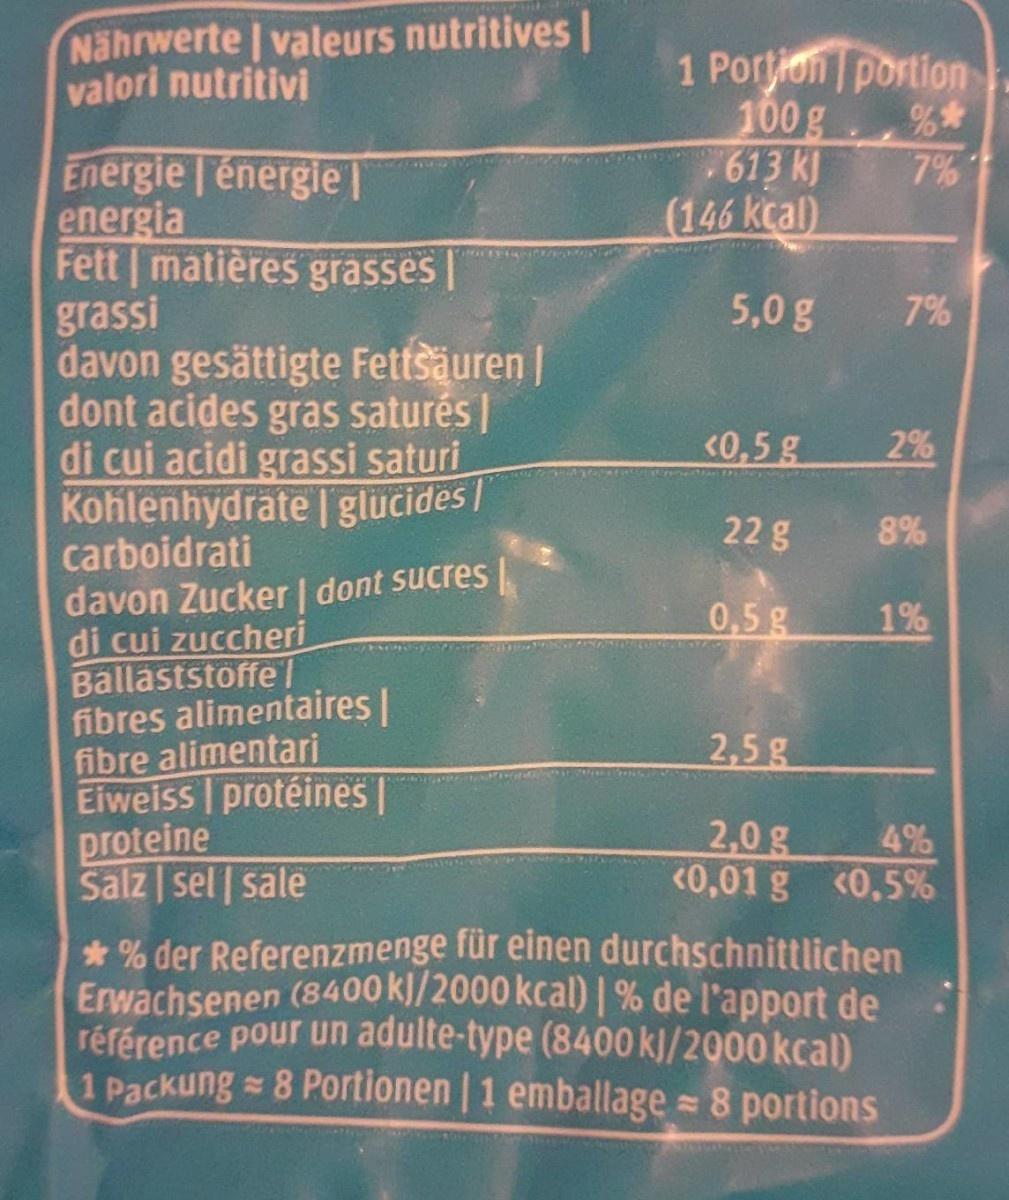
Nährwerte valeurs nutritives | valori nutritivi
1 Portion portion 100 g 613 kJ (146 kcal)
7%
Energie | énergie | energia Fett matières grasses grassi davon gesättigte Fettsäuren | dont acides gras saturés | di cui acidi grassi saturi Kohlenhydrate | glücides| carboidrati
5,0 g
7%
<0,5 g
2%
22 g
8%
davon Zucker | dont sucres di cui zuccheri Ballaststöffe | fibres alimentaires| fibre alimentari Eiweiss protéines | proteine Salz | sel sale
0,5 g
1%
2,5g
2,0 g
4%
<0,01 g <0,5%
* % der Referenzmenge für einen durchschnittlichen Erwachsenen référence pour un adulte-type (8400 k]/2000 kcal) 1 Packung= 8 Portionen | 1 emballage 8 portions
(8400 kl/2000 kcal) | % de l'apport de